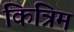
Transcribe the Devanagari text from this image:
कित्रिम